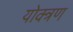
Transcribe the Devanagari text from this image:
योक्त्रण